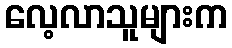
လေ့လာသူများက